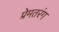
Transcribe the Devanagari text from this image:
प्रेमतरंग